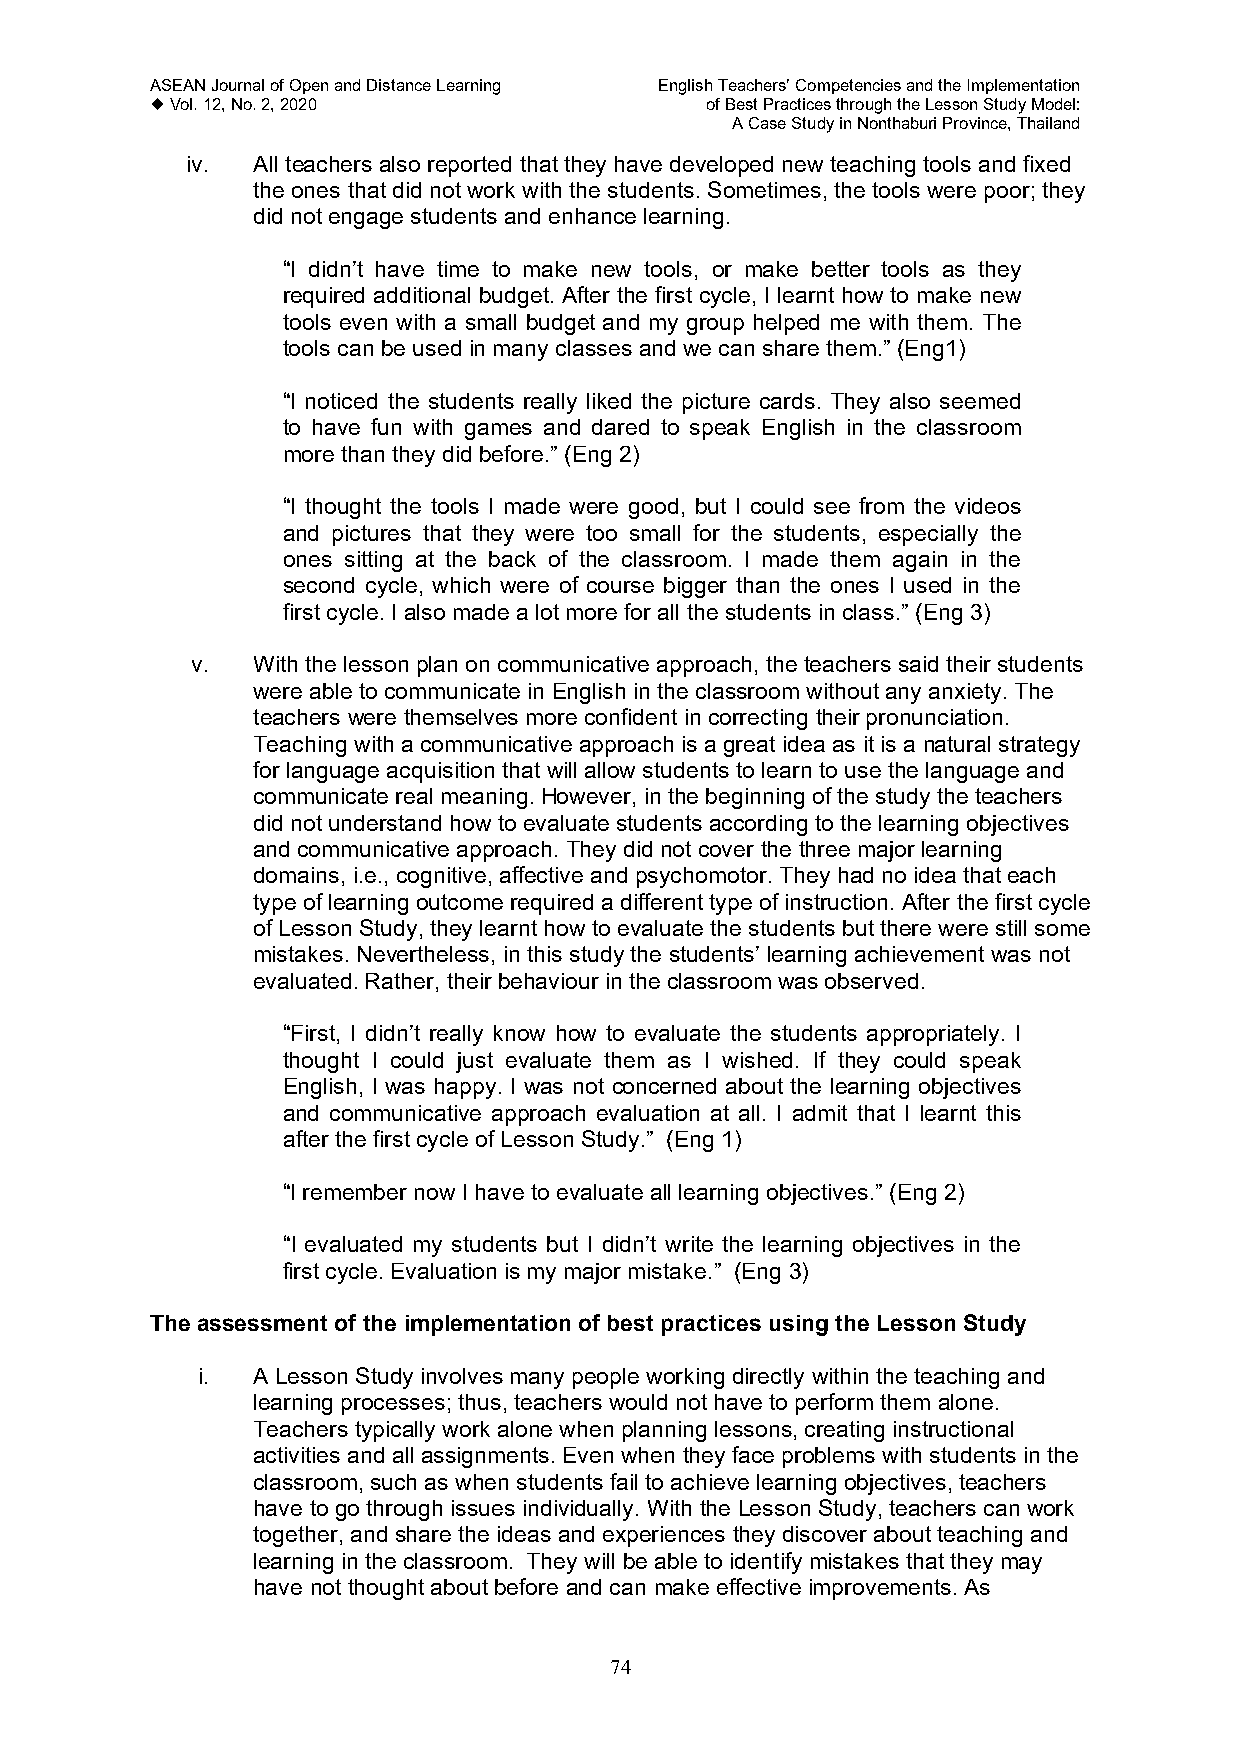
ASEAN Journal of Open and Distance Learning English Teachers’ Competencies and the Implementation
  Vol. 12, No. 2, 2020               of Best Practices through the Lesson Study Model:
 A Case Study in Nonthaburi Province, Thailand
 iv.  All teachers also reported that they have developed new teaching tools and fixed
 the ones that did not work with the students. Sometimes, the tools were poor; they
 did not engage students and enhance learning.
 “I didn’t have time to make new tools, or make better tools as they
 required additional budget. After the first cycle, I learnt how to make new
 tools even with a small budget and my group helped me with them. The
 tools can be used in many classes and we can share them.” (Eng1)
 “I noticed the students really liked the picture cards. They also seemed
 to have fun with games and dared to speak English in the classroom
 more than they did before.” (Eng 2)
 “I thought the tools I made were good, but I could see from the videos
 and pictures that they were too small for the students, especially the
 ones sitting at the back of the classroom. I made them again in the
 second cycle, which were of course bigger than the ones I used in the
 first cycle. I also made a lot more for all the students in class.” (Eng 3)
 v.  With the lesson plan on communicative approach, the teachers said their students
 were able to communicate in English in the classroom without any anxiety. The
 teachers were themselves more confident in correcting their pronunciation.
 Teaching with a communicative approach is a great idea as it is a natural strategy
 for language acquisition that will allow students to learn to use the language and
 communicate real meaning. However, in the beginning of the study the teachers
 did not understand how to evaluate students according to the learning objectives
 and communicative approach. They did not cover the three major learning
 domains, i.e., cognitive, affective and psychomotor. They had no idea that each
 type of learning outcome required a different type of instruction. After the first cycle
 of Lesson Study, they learnt how to evaluate the students but there were still some
 mistakes. Nevertheless, in this study the students’ learning achievement was not
 evaluated. Rather, their behaviour in the classroom was observed.
 “First, I didn’t really know how to evaluate the students appropriately. I
 thought I could just evaluate them as I wished. If they could speak
 English, I was happy. I was not concerned about the learning objectives
 and communicative approach evaluation at all. I admit that I learnt this
 after the first cycle of Lesson Study.” (Eng 1)
 “I remember now I have to evaluate all learning objectives.” (Eng 2)
 “I evaluated my students but I didn’t write the learning objectives in the
 first cycle. Evaluation is my major mistake.” (Eng 3)
 The assessment of the implementation of best practices using the Lesson Study
 i.  A Lesson Study involves many people working directly within the teaching and
 learning processes; thus, teachers would not have to perform them alone.
 Teachers typically work alone when planning lessons, creating instructional
 activities and all assignments. Even when they face problems with students in the
 classroom, such as when students fail to achieve learning objectives, teachers
 have to go through issues individually. With the Lesson Study, teachers can work
 together, and share the ideas and experiences they discover about teaching and
 learning in the classroom. They will be able to identify mistakes that they may
 have not thought about before and can make effective improvements. As
 74